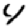
Digit: 4